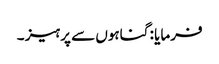
فرمایا : گناہوں سے پرہیز ۔